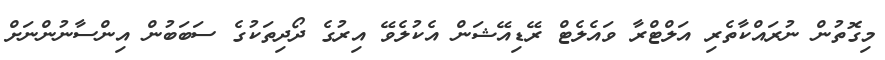
މިގޮތުން ނުރައްކާތެރި އަލްޓްރާ ވައެލެޓް ރޭޑިއޭޝަން އެކުލެވޭ އިރުގެ ދޯދިތަކުގެ ސަބަބުން އިންސާނުންނަށް